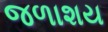
જળાશય